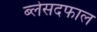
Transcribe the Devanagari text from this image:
ब्लेसदफाल